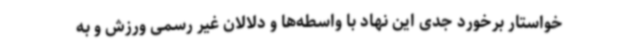
خواستار برخورد جدی این نهاد با واسطه‌ها و دلالان غیر رسمی ورزش و به